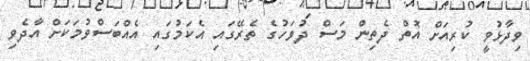
ވިދާޅުވީ ކުރިއަށް އޮތް ދެތިން މަސް ދުވަހުގެ ތެރޭގައި އެކަމުގައި އެއްބަސްވުމަކަށް އާދެވި